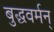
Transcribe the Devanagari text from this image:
बुद्धवर्मन्